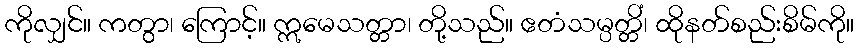
ကိုလျှင်။ ကတွာ၊ ကြောင့်။ ဣမေသတ္တာ၊ တို့သည်။ ဧတံသမ္ပတ္တိံ၊ ထိုနတ်စည်းစိမ်ကို။